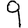
Digit: 9